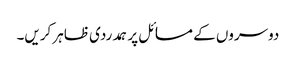
دوسروں کے مسائل پر ہمدردی ظاہر کریں۔